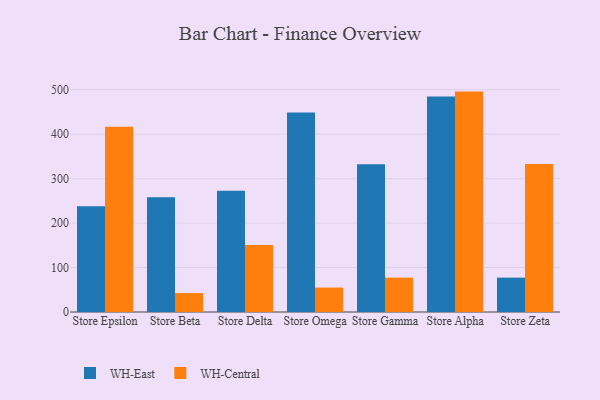
{"axis": {"x": "Store", "y": "Waste Production (Tons)"}, "legend": ["WH-Central", "WH-East"], "data": [{"x": "Store Epsilon", "y": 238.0, "type": "WH-East"}, {"x": "Store Epsilon", "y": 416.4, "type": "WH-Central"}, {"x": "Store Beta", "y": 258.0, "type": "WH-East"}, {"x": "Store Beta", "y": 42.5, "type": "WH-Central"}, {"x": "Store Delta", "y": 272.7, "type": "WH-East"}, {"x": "Store Delta", "y": 150.8, "type": "WH-Central"}, {"x": "Store Omega", "y": 448.5, "type": "WH-East"}, {"x": "Store Omega", "y": 55.0, "type": "WH-Central"}, {"x": "Store Gamma", "y": 332.1, "type": "WH-East"}, {"x": "Store Gamma", "y": 77.3, "type": "WH-Central"}, {"x": "Store Alpha", "y": 484.4, "type": "WH-East"}, {"x": "Store Alpha", "y": 495.7, "type": "WH-Central"}, {"x": "Store Zeta", "y": 77.3, "type": "WH-East"}, {"x": "Store Zeta", "y": 333.1, "type": "WH-Central"}]}